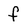
Character: f